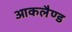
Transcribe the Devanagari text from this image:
आकलैण्ड